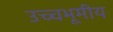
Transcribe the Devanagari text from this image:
उच्चभूमीय